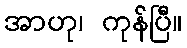
အာဟု၊ ကုန်ပြီ။